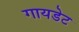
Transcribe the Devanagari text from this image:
गायडेट